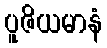
ပူဇိယမာနံ